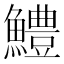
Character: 鱧